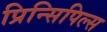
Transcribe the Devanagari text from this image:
प्रिन्सिपिल्स